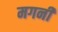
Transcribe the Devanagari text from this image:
मगनी